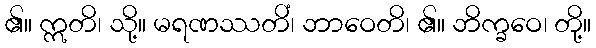
၏။ ဣတိ၊ သို့။ မရဏဿတိံ၊ ဘာဝေတိ၊ ၏။ ဘိက္ခဝေ၊ တို့။